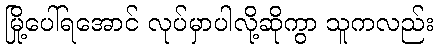
မြို့ပေါ်ရအောင် လုပ်မှာပါလို့ဆိုကွာ သူကလည်း